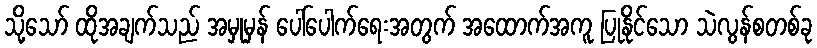
သို့သော် ထိုအချက်သည် အမှုမှန် ပေါ်ပေါက်ရေးအတွက် အထောက်အကူ ပြုနိုင်သော သဲလွန်စတစ်ခု